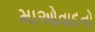
માઓવાદનો